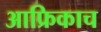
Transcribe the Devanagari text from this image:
आफ्रिकाच